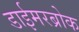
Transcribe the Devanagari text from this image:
डाईमरब्रोक